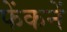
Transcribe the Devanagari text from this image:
फेंकनें